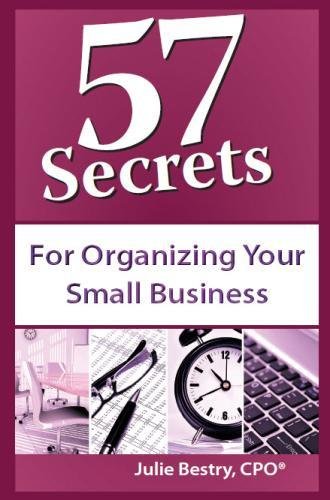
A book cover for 57 Secrets for Organizing Your Small Business; Julie Bestry; Business & Money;